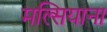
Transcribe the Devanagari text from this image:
मल्सियाना